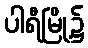
ပါရီမြို့၌